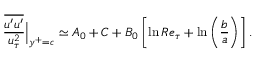
\frac { \overline { { u ^ { \prime } u ^ { \prime } } } } { u _ { \tau } ^ { 2 } } \Big | _ { y ^ { + } = c } \simeq A _ { 0 } + C + B _ { 0 } \left[ \ln R e _ { \tau } + \ln \left( \frac { b } { a } \right) \right] .